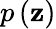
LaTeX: p\left(\mathbf{z}\right)